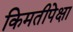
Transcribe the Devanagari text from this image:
किमतीपेक्षा